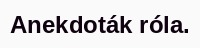
Anekdoták róla.